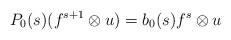
LaTeX: \begin{align*} P_0(s)(f^{s+1}\otimes u) = b_0(s)f^s\otimes u\end{align*}